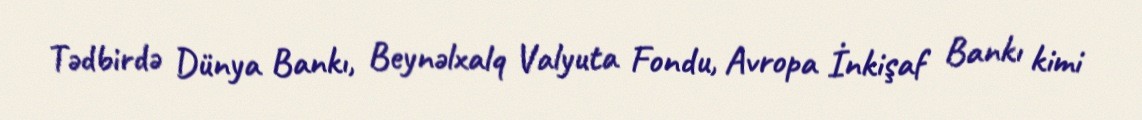
Tədbirdə Dünya Bankı, Beynəlxalq Valyuta Fondu, Avropa İnkişaf Bankı kimi